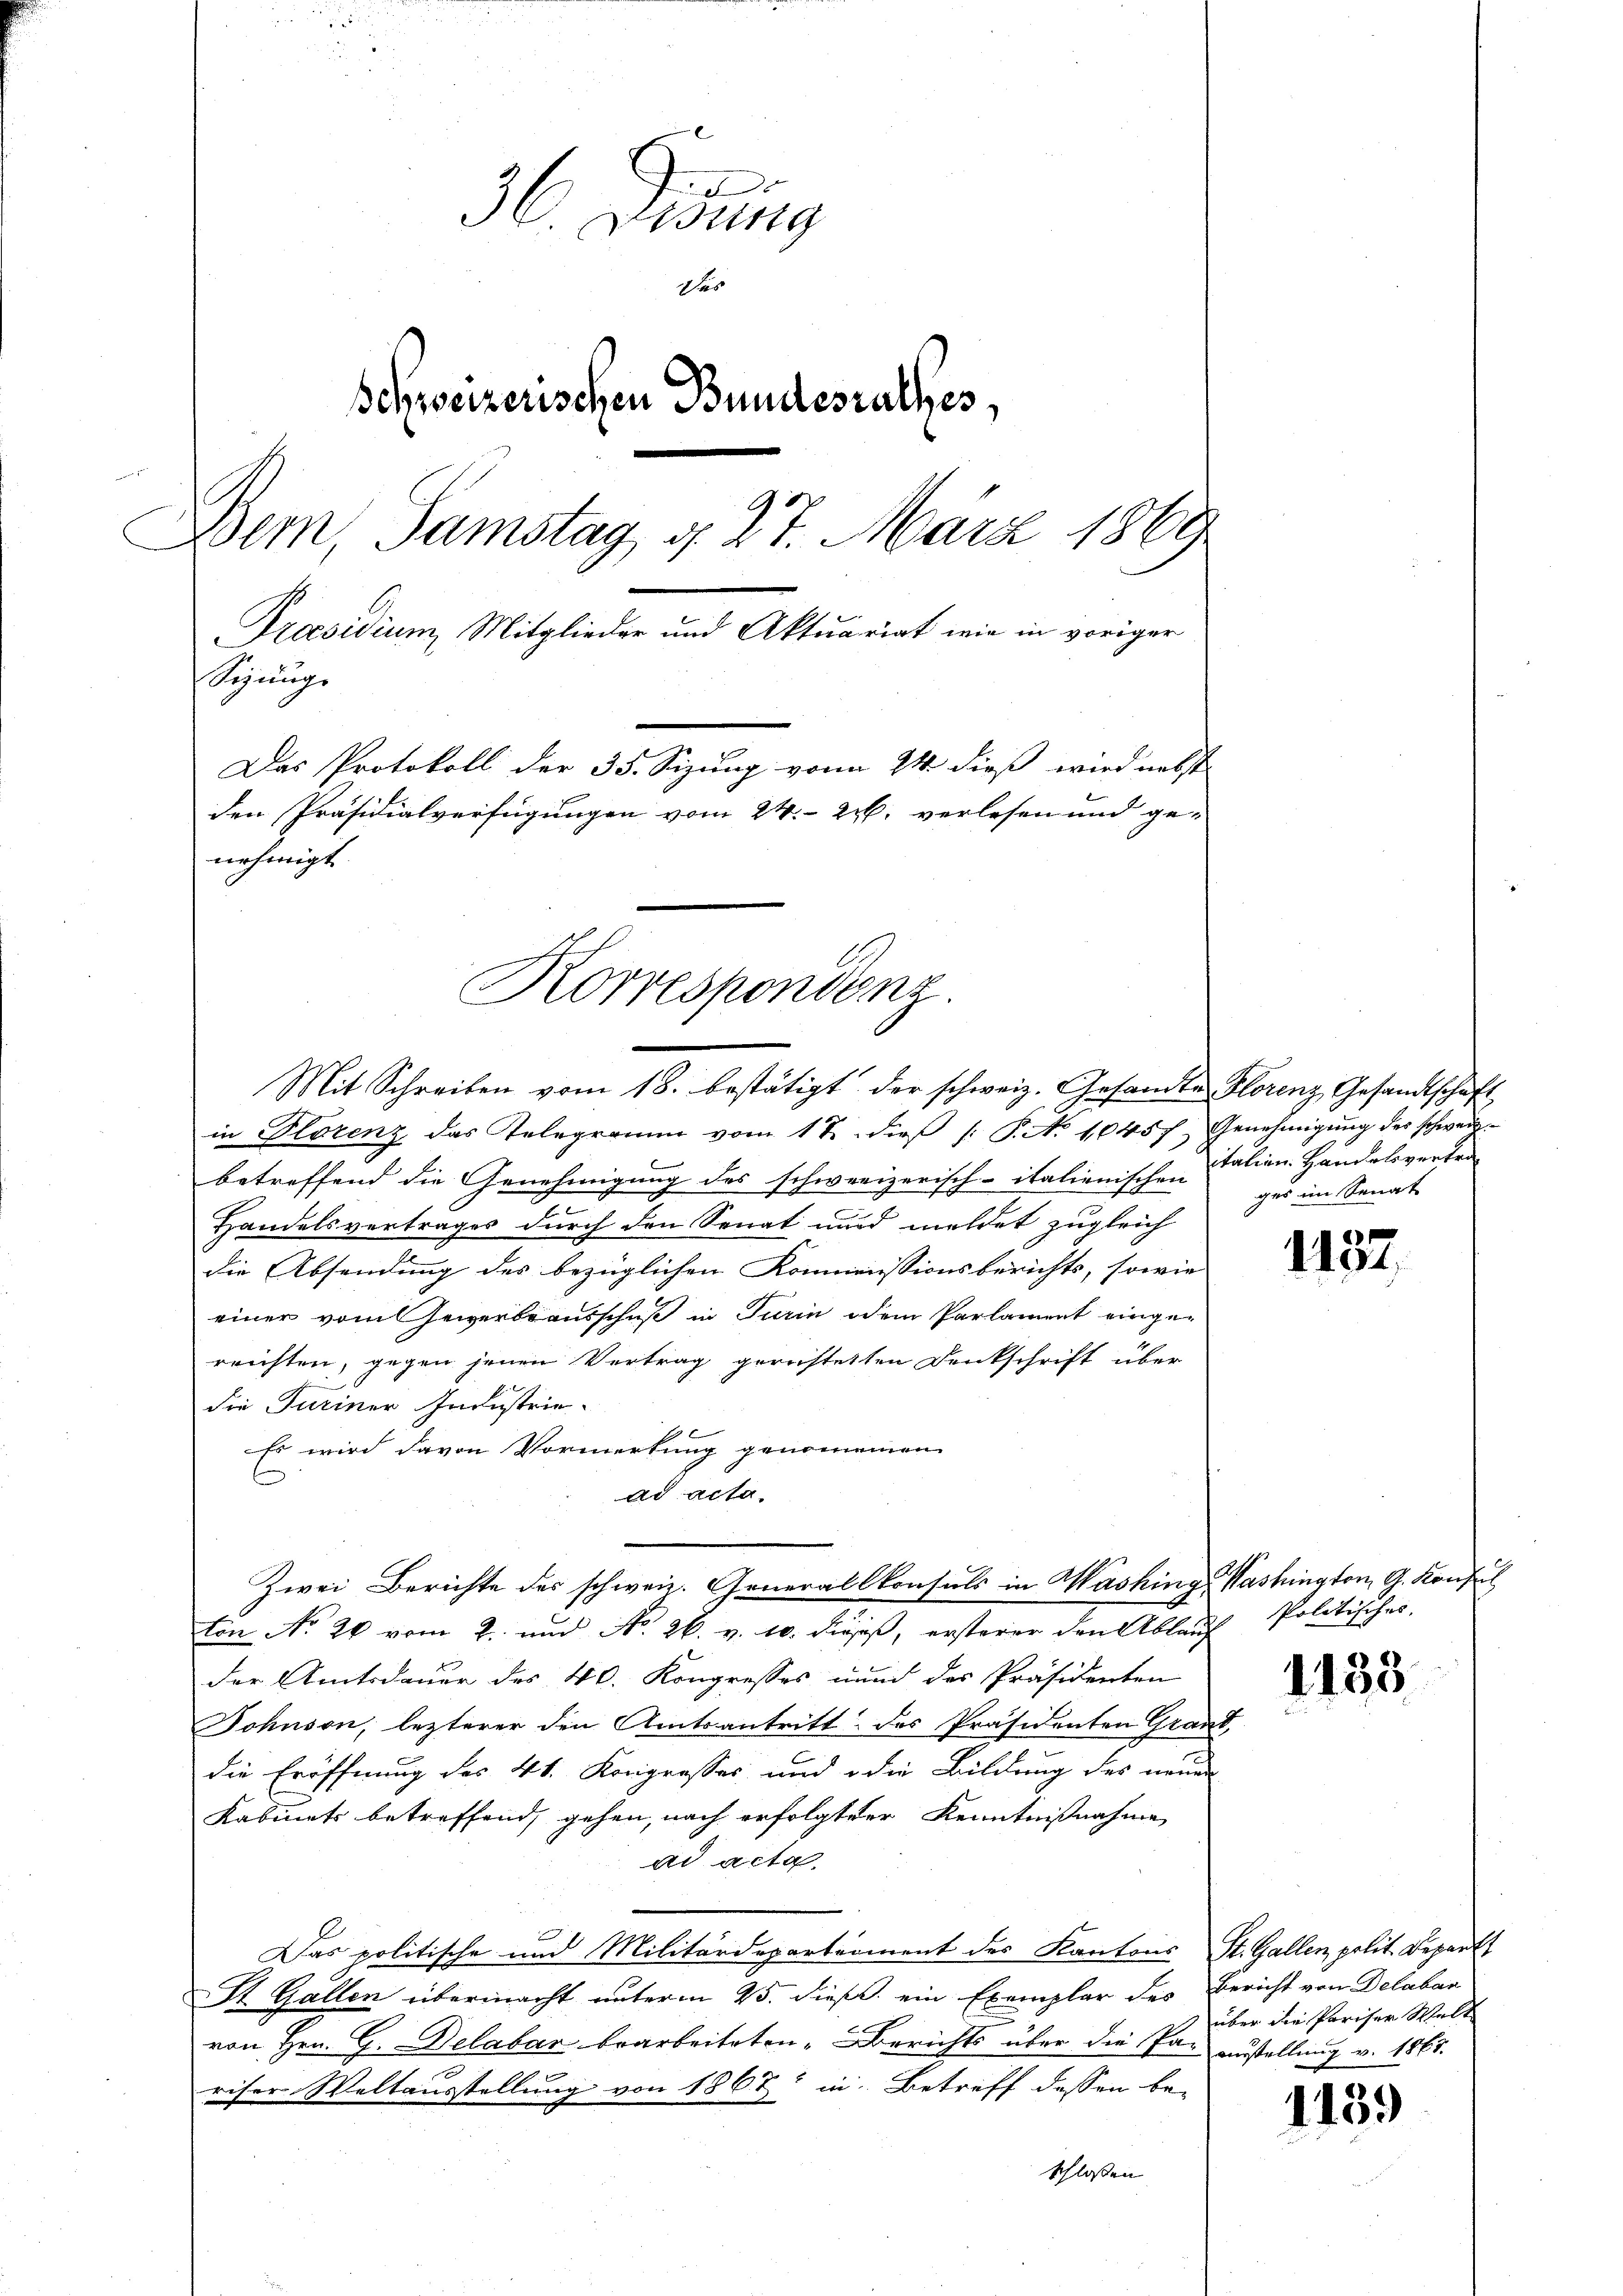
36. Disung
Das
Schweizerischen Bundesrathes,

9
Bem, Samstag d. 27. März 1869
Präsidium, Mitglieder und Aktuariat wie in voriger
Sizungs
Das Protokoll der 35. Seizung von 24. dieß wird nebst
den Präsidialverfügungen vom 24. 27. verlesen und ge-
nehmigt.

Korrespondenz.
Mit Schreiben vom 18. bestätigt der schweiz. Gesandte Florenz Gesandtschaft

Zwei Berichte des schweiz. Generalkonsuls in Washing Washington G. Konsul
ton No 26 vom 2. und No. 26. v. 10. dieses, ersterer den Ablauf

in Plorenz das Telegramm vom 1 t dieβ /: P. No 10457. Genehmigŭng des schweiz.
betreffend die Genehmigung des schweizerisch-italienischen
Handelsvertrages durch den Senat und meldet zugleich
die Absendung des bezüglichen Kommissionsberichts, sowie
einer vom Gewerbeausschuß in Turin dem Parlament eingereichten, gegen jenen Vertrag gerichtetten Denkschrift über
die Turiner Industrie-
Es wird davon Vormerkung genommen.
E
ad acta.
der Amtsdauer des 40. Kongresses und des Präsidenten
Johnson, lezterer den Amtsantritt des Präsidenten Grand,
die Eröffnung des 4t. Kongresses und die Bildung des neuen
Kabinets betreffend, gehen, nach erfolgter Kenntnißnahme
ad acta.
Das politische und Militärdepartement des Kantons St. Gallen, polit. Bepart
St. Gallen übermacht unterm 25. dieß ein Exemplar des Bericht von Delabar
von Hrn. G. Delabar bearbeitsten-Berichts über die Par austellung v. 1865.
riser Weltausstellung von 1862 in Betreff dessen be-
schlossen

italien Handelsvertrag
ges im Senat

6
1101.

Politisches.

1133.

über die Pariser Welt

1139